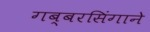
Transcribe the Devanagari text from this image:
गब्बरसिंगाने